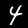
Digit: 4